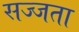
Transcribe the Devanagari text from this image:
सज्जता